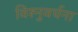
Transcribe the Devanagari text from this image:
विश्नुवर्धना